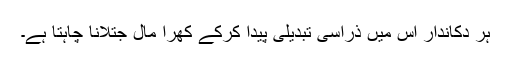
ہر دکاندار اس میں ذراسی تبدیلی پیدا کرکے کھرا مال جتلانا چاہتا ہے۔